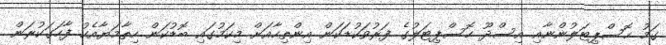
ގަމު ހޮސްޕިޓަލުންނާއި އިސްދޫ ހޮސްޕިޓަލުގެ ފަރުވަކުޑަކަން އިންތިހާއަށް މިކަމުގައި ބޮޑުކަން ހިތާމަޔާއެކު ފާހަގަކުރަން